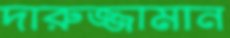
দারুজ্জামান